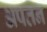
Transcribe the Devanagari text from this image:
अपतन